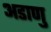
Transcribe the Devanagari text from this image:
अडाणु